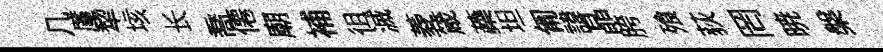
几厪犂垓长喬僊廟補徂滅菱箴蘃坦匍諱晶胯飱荻罔暁槃